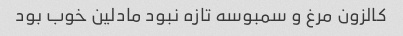
کالزون مرغ و سمبوسه تازه نبود مادلین خوب بود